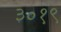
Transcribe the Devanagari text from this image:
३०१९